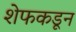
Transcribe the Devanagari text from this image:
शेफकडून